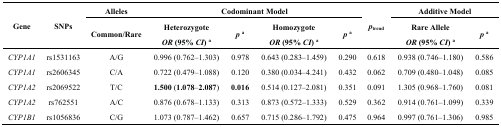
<table><thead><tr><td rowspan="2"><b>Gene</b></td><td rowspan="2"><b>SNPs</b></td><td><b>Alleles</b></td><td colspan="4"><b>Codominant Model</b></td><td rowspan="2"><b><i>p</i><sub>trend</sub></b></td><td colspan="2"><b>Additive Model</b></td></tr><tr><td><b>Common/Rare</b></td><td><b>Heterozygote <i>OR</i> (95% <i>CI</i>) <sup>a</sup></b></td><td><b><i>p</i><sup>a</sup></b></td><td><b>Homozygote <i>OR</i> (95% <i>CI</i>) <sup>a</sup></b></td><td><b><i>p</i><sup>a</sup></b></td><td><b>Rare Allele <i>OR</i> (95% <i>CI</i>) <sup>a</sup></b></td><td><b><i>p</i><sup>a</sup></b></td></tr></thead><tbody><tr><td><i>CYP1A1</i></td><td>rs1531163</td><td>A/G</td><td>0.996 (0.762–1.303)</td><td>0.978</td><td>0.643 (0.283–1.459)</td><td>0.290</td><td>0.618</td><td>0.938 (0.746–1.180)</td><td>0.586</td></tr><tr><td><i>CYP1A1</i></td><td>rs2606345</td><td>C/A</td><td>0.722 (0.479–1.088)</td><td>0.120</td><td>0.380 (0.034–4.241)</td><td>0.432</td><td>0.062</td><td>0.709 (0.480–1.048)</td><td>0.085</td></tr><tr><td><i>CYP1A2</i></td><td>rs2069522</td><td>T/C</td><td><b>1.500 (1.078–2.087)</b></td><td><b>0.016</b></td><td>0.514 (0.127–2.081)</td><td>0.351</td><td>0.091</td><td>1.305 (0.968–1.760)</td><td>0.081</td></tr><tr><td><i>CYP1A2</i></td><td>rs762551</td><td>A/C</td><td>0.876 (0.678–1.133)</td><td>0.313</td><td>0.873 (0.572–1.333)</td><td>0.529</td><td>0.362</td><td>0.914 (0.761–1.099)</td><td>0.339</td></tr><tr><td><i>CYP1B1</i></td><td>rs1056836</td><td>C/G</td><td>1.073 (0.787–1.462)</td><td>0.657</td><td>0.715 (0.286–1.792)</td><td>0.475</td><td>0.964</td><td>0.997 (0.761–1.306)</td><td>0.985</td></tr></tbody></table>